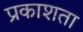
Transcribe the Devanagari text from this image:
प्रकाशता